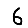
Digit: 6